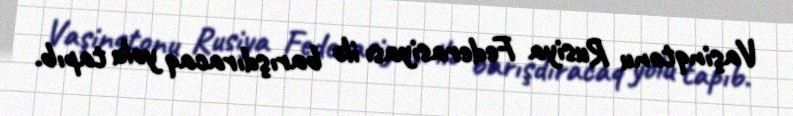
Vaşinqtonu Rusiya Federasiyası ilə barışdıracaq yolu tapıb.